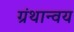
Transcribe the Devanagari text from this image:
ग्रंथान्वय